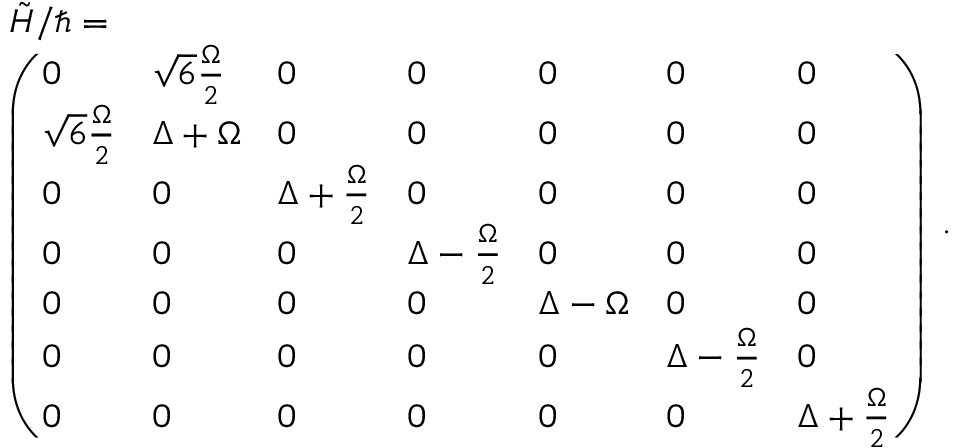
\begin{array} { r l } & { \tilde { H } / \hbar = } \\ & { \left( \begin{array} { l l l l l l l } { 0 } & { \sqrt { 6 } \frac { \Omega } { 2 } } & { 0 } & { 0 } & { 0 } & { 0 } & { 0 } \\ { \sqrt { 6 } \frac { \Omega } { 2 } } & { \Delta + \Omega } & { 0 } & { 0 } & { 0 } & { 0 } & { 0 } \\ { 0 } & { 0 } & { \Delta + \frac { \Omega } { 2 } } & { 0 } & { 0 } & { 0 } & { 0 } \\ { 0 } & { 0 } & { 0 } & { \Delta - \frac { \Omega } { 2 } } & { 0 } & { 0 } & { 0 } \\ { 0 } & { 0 } & { 0 } & { 0 } & { \Delta - \Omega } & { 0 } & { 0 } \\ { 0 } & { 0 } & { 0 } & { 0 } & { 0 } & { \Delta - \frac { \Omega } { 2 } } & { 0 } \\ { 0 } & { 0 } & { 0 } & { 0 } & { 0 } & { 0 } & { \Delta + \frac { \Omega } { 2 } } \end{array} \right) } \end{array} .